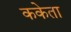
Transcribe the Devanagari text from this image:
ककेता